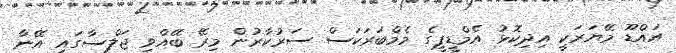
އައްޑޫ މޭޔަރަކީ އިދިކޮޅު އެމްޑީޕީގެ މެމްބަަރަކަސް ސަރުކާރުން މިރޭ ބޭއްވި ޖަލްސާގައި އޭނާ